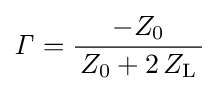
{\mathit {\Gamma }}={\frac {-Z_{0}}{\,Z_{0}+2\,Z_{\mathrm {L} }\,}}